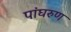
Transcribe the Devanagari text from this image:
पांघरुण